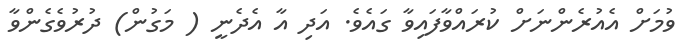
ވުމަށް އެއުރެންނަށް ކުރައްވާފައިވާ ގައެވެ. އަދި އާ އެދެނީ ( މަގުން) ދުރުވެގެންވާ